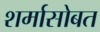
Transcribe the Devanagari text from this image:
शर्मासोबत